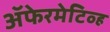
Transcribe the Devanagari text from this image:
अॅफेरमेटिव्ह